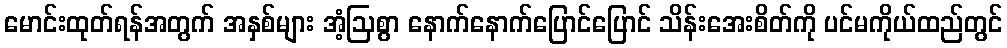
မောင်းထုတ်ရန်အတွက် အနှစ်များ အံ့ဩစွာ နောက်နောက်ပြောင်ပြောင် သိန်းအေးစိတ်ကို ပင်မကိုယ်ထည်တွင်